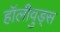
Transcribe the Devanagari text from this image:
हॉलीवुड्स